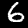
Digit: 6